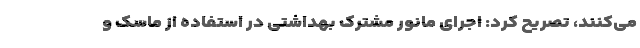
می‌کنند، تصریح کرد: اجرای مانور مشترک بهداشتی در استفاده از ماسک و